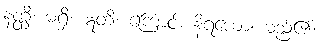
နတ္ထိ၊ မရှိ။ ဣတိ၊ ကြောင့်။ နိရယော၊ မည်၏။